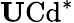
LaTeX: \mathrm{{\mathbf U}Cd}^{*}